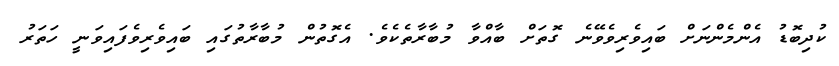
ކުދިބޮޑު އެންމެންނަށް ބައިވެރިވެވޭނެ ގޮތަށް ބާއްވާ މުބާރާތެކެވެ. އެގޮތުން މުބާރާތުގައި ބައިވެރިވެފައިވަނީ ހަތަރު